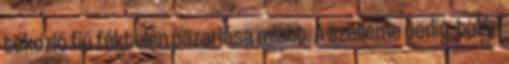
tékozló fiú féktelen pazarlása miatt. A szelleme pedig, talán